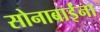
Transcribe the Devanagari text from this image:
सोनाबाईंना